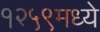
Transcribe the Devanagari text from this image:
१२५९मध्ये